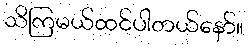
သိကြမယ်ထင်ပါတယ်နော်။